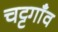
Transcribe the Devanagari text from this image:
चट्टगाँव